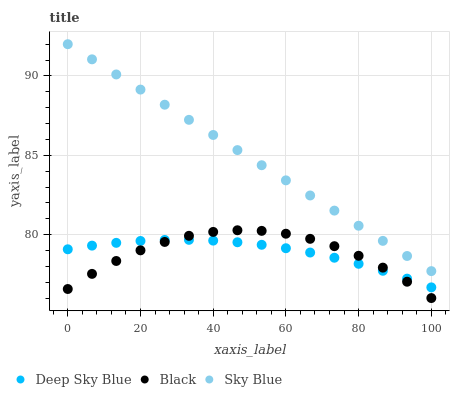
| xaxis_label | Deep Sky Blue | Black | Sky Blue |
 | --- | --- | --- | --- |
 | 0 | 79.1 | 76.6 | 92 |
 | 6.67 | 79.3 | 77.5 | 91 |
 | 13.3 | 79.5 | 78.3 | 90.1 |
 | 20 | 79.6 | 79 | 89.1 |
 | 26.7 | 79.7 | 79.5 | 88.2 |
 | 33.3 | 79.7 | 79.9 | 87.2 |
 | 40 | 79.6 | 80.2 | 86.3 |
 | 46.7 | 79.5 | 80.3 | 85.3 |
 | 53.3 | 79.4 | 80.2 | 84.4 |
 | 60 | 79.1 | 80.1 | 83.4 |
 | 66.7 | 78.9 | 79.7 | 82.5 |
 | 73.3 | 78.5 | 79.3 | 81.5 |
 | 80 | 78.2 | 78.7 | 80.6 |
 | 86.7 | 77.7 | 77.9 | 79.6 |
 | 93.3 | 77.2 | 77 | 78.7 |
 | 100 | 76.7 | 76 | 77.7 |